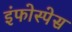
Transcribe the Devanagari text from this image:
इंफोस्पेस